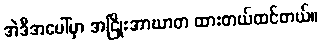
အဲဒီအပေါ်မှာ အငြိုးအာဃာတ ထားတယ်ထင်တယ်။